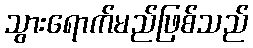
သွားရောက်မည်ဖြစ်သည်